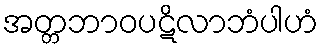
အတ္တဘာဝပဋိလာဘံပါဟံ